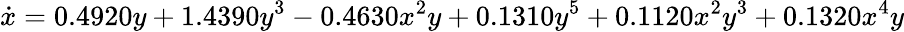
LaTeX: \dot{x}=0.4920y+1.4390y^{3}-0.4630x^{2}y+0.1310y^{5}+0.1120x^{2}y^{3}+0.1320x^{4}y